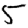
Digit: 5